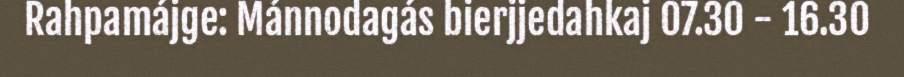
Rahpamájge: Mánnodagás bierjjedahkaj 07.30 - 16.30